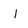
Character: l